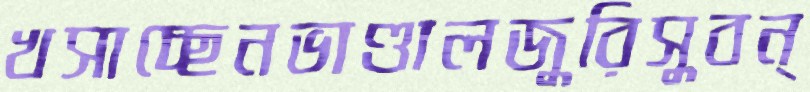
খসাচ্ছেনভাণ্ডালজুরিসুবন্